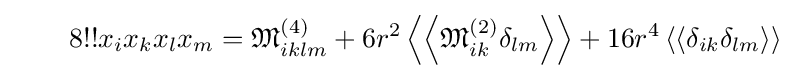
\qquad 8!!x_{i}x_{k}x_{l}x_{m}={\mathfrak {M}}_{iklm}^{(4)}+6r^{2}\left\langle \left\langle {\mathfrak {M}}_{ik}^{(2)}\delta _{lm}\right\rangle \right\rangle +16r^{4}\left\langle \left\langle \delta _{ik}\delta _{lm}\right\rangle \right\rangle